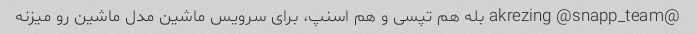
@akrezing @snapp_team بله هم تپسی و هم اسنپ، برای سرویس ماشین مدل ماشین رو میزنه